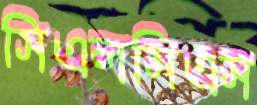
সিএলসিএস